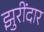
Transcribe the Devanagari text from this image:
झुरींदार